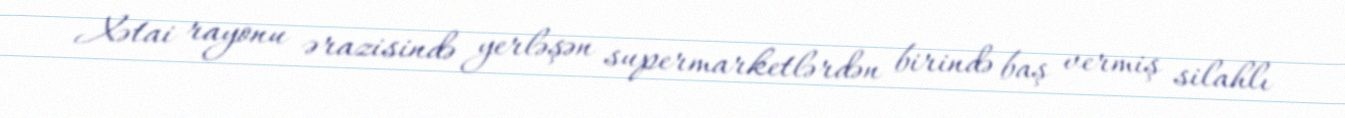
Xətai rayonu ərazisində yerləşən supermarketlərdən birində baş vermiş silahlı